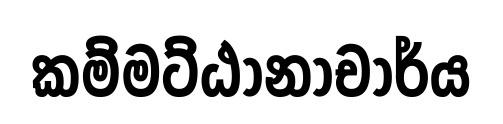
කම්මට්ඨානාචාර්ය